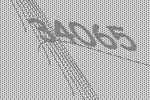
34065